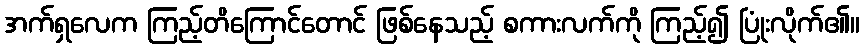
အက်ရှလေက ကြည့်တိကြောင်တောင် ဖြစ်နေသည့် စကားလက်ကို ကြည့်၍ ပြုံးလိုက်၏။